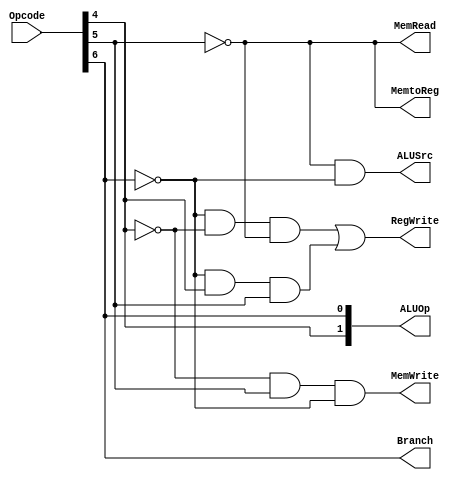
module control(
    input [6:0] Opcode,
    output ALUSrc,
    output MemtoReg,
    output RegWrite,
    output MemRead,
    output MemWrite,
    output Branch,
    output [1:0] ALUOp,
);
    // this controller works only for provided table in the link: https://lms.khu.ac.ir/mod/resource/view.php?id=50107

    assign ALUSrc = !Opcode[5] && !Opcode[6];
    assign MemtoReg = !Opcode[5];
    assign RegWrite = (!Opcode[6] && !Opcode[4] && !Opcode[5]) || (!Opcode[6] && Opcode[4] && Opcode[5]);
    assign MemRead = !Opcode[5];
    assign MemWrite = !Opcode[4] && Opcode[5] && !Opcode[6];
    assign Branch = Opcode[6];
    assign ALUOp[1] = Opcode[4];
    assign ALUOp[0] = Opcode[6];

endmodule